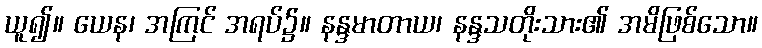
ယူ၍။ ယေန၊ အကြင် အရပ်၌။ နန္ဒမာတာယ၊ နန္ဒသတိုးသား၏ အမိဖြစ်သော။